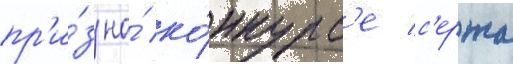
пр'и́з на́ ко́нкурс'е с'ержа